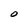
Character: O